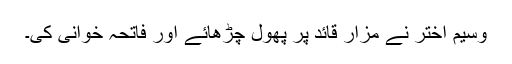
وسیم اختر نے مزار قائد پر پھول چڑھائے اور فاتحہ خوانی کی۔